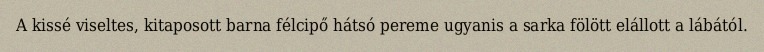
A kissé viseltes, kitaposott barna félcipő hátsó pereme ugyanis a sarka fölött elállott a lábától.